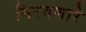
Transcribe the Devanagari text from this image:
मिरवणारे